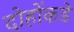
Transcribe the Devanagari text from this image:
दोहोंकडे